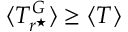
\langle T _ { r ^ { \star } } ^ { G } \rangle \geq \langle T \rangle